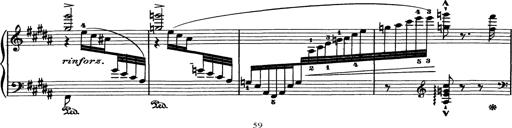
Title: AnnÃ©es de pÃ¨lerinage I
Composer: Franz Liszt